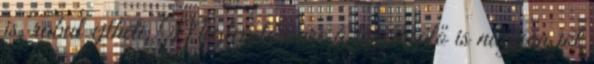
is, rabul ejtheti. Meglepetésemre a főszereplő is nagyon jól